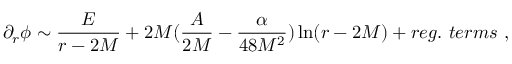
\partial _ { r } \phi \sim \frac { E } { r - 2 M } + 2 M ( \frac { A } { 2 M } - \frac { \alpha } { 4 8 M ^ { 2 } } ) \ln ( r - 2 M ) + r e g . \ t e r m s \ ,